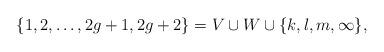
LaTeX: \begin{align*}\{1,2,\ldots, 2g+1,2g+2\} = V \cup W \cup \{k,l,m,\infty\},\end{align*}